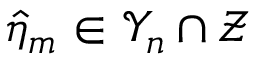
\hat { \eta } _ { m } \in \mathcal { Y } _ { n } \cap \mathcal { Z }